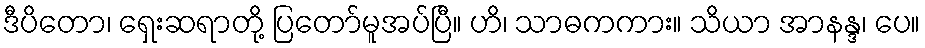
ဒီပိတော၊ ရှေးဆရာတို့ ပြတော်မူအပ်ပြီ။ ဟိ၊ သာဓကကား။ သိယာ အာနန္ဒ၊ ပေ။